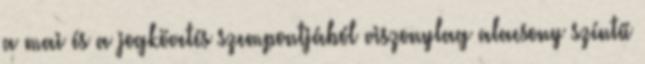
a mai és a jogkövetés szempontjából viszonylag alacsony színtű